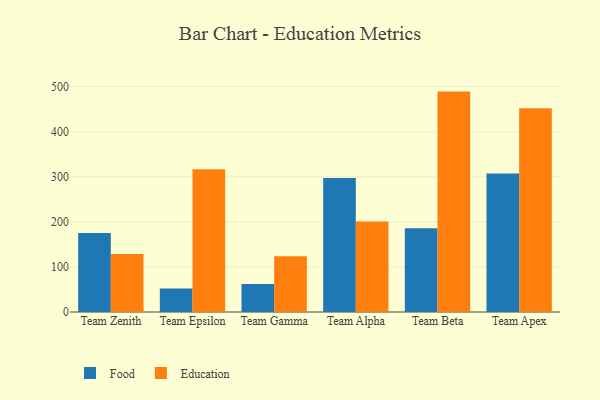
{"axis": {"x": "Team", "y": "Gross Profit (USD K)"}, "legend": ["Education", "Food"], "data": [{"x": "Team Zenith", "y": 175.1, "type": "Food"}, {"x": "Team Zenith", "y": 128.7, "type": "Education"}, {"x": "Team Epsilon", "y": 52.1, "type": "Food"}, {"x": "Team Epsilon", "y": 316.5, "type": "Education"}, {"x": "Team Gamma", "y": 62.1, "type": "Food"}, {"x": "Team Gamma", "y": 123.9, "type": "Education"}, {"x": "Team Alpha", "y": 297.3, "type": "Food"}, {"x": "Team Alpha", "y": 200.6, "type": "Education"}, {"x": "Team Beta", "y": 185.8, "type": "Food"}, {"x": "Team Beta", "y": 489.0, "type": "Education"}, {"x": "Team Apex", "y": 307.3, "type": "Food"}, {"x": "Team Apex", "y": 452.0, "type": "Education"}]}